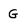
Character: G